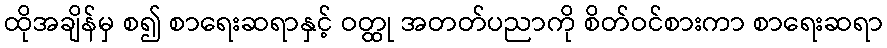
ထိုအချိန်မှ စ၍ စာရေးဆရာနှင့် ဝတ္ထု အတတ်ပညာကို စိတ်ဝင်စားကာ စာရေးဆရာ